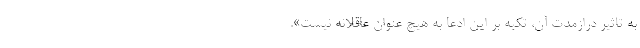
به تاثیر درازمدت آن، تکیه بر این ادعا به هیچ عنوان عاقلانه نیست».